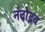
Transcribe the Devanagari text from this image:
नंदोद्भव